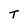
Character: T